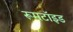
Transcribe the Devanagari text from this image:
रूमटॉइड